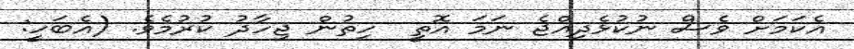
އެކަމަށް ވެސް ނުކުޅެދިއްޖެ ނަމަ އޮތީ  ހިތުން ޖިހާދު ކުރުމެވެ. (އެބަހީ: